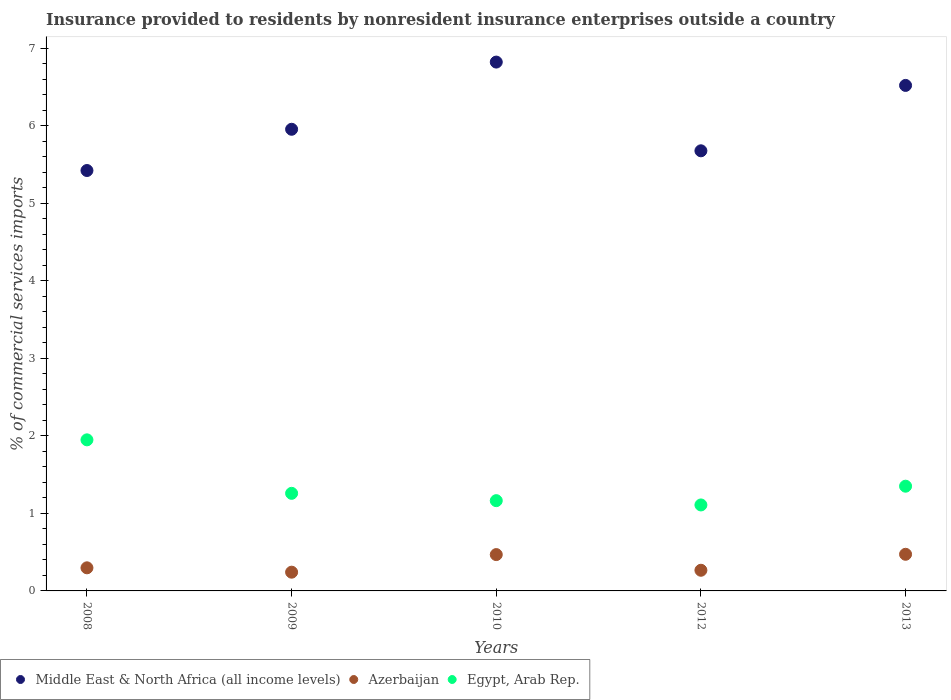
| Years | Middle East & North Africa (all income levels) | Azerbaijan | Egypt, Arab Rep. |
 | --- | --- | --- | --- |
 | 2008 | 5.42 | 0.298 | 1.95 |
 | 2009 | 5.95 | 0.242 | 1.26 |
 | 2010 | 6.82 | 0.469 | 1.16 |
 | 2012 | 5.68 | 0.266 | 1.11 |
 | 2013 | 6.52 | 0.472 | 1.35 |